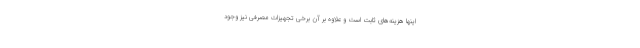
اینها هزینه‌های ثابت است و علاوه بر آن برخی تجهیزات مصرفی نیز وجود